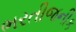
ભરતીજનીક